Malaria in the Punjab - Number 46
Disease focus: Malaria
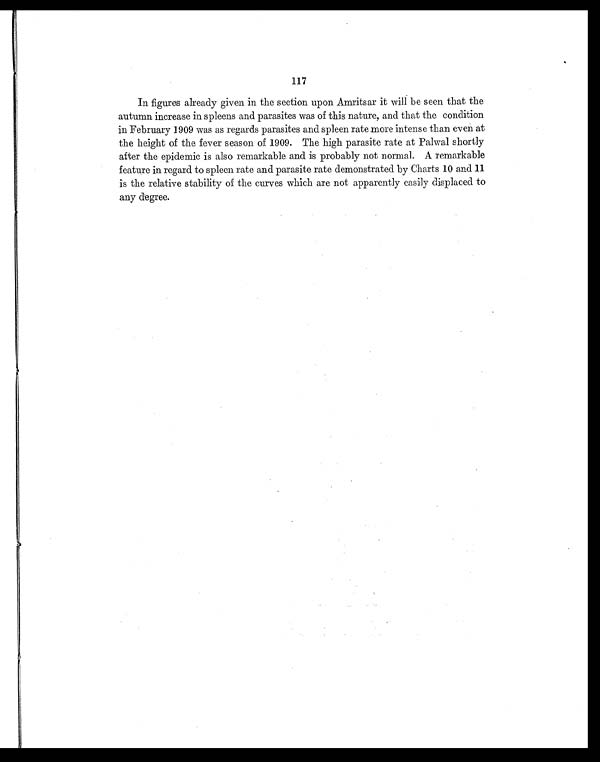
117
In figures already given in the section upon Amritsar it will be seen that the
autumn increase in spleens and parasites was of this nature, and that the condition
in February 1909 was as regards parasites and spleen rate more intense than even at
the height of the fever season of 1909. The high parasite rate at Palwal shortly
after the epidemic is also remarkable and is probably not normal. A remarkable
feature in regard to spleen rate and parasite rate demonstrated by Charts 10 and 11
is the relative stability of the curves which are not apparently easily displaced to
any degree.